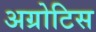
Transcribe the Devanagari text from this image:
अग्रोटिस